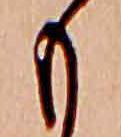
も